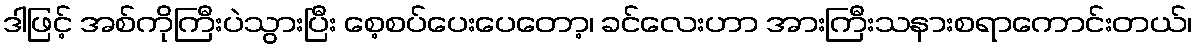
ဒါဖြင့် အစ်ကိုကြီးပဲသွားပြီး စေ့စပ်ပေးပေတော့၊ ခင်လေးဟာ အားကြီးသနားစရာကောင်းတယ်၊